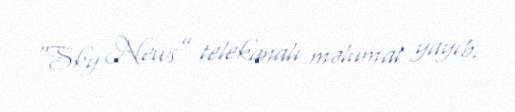
“Sky News” telekanalı məlumat yayıb.